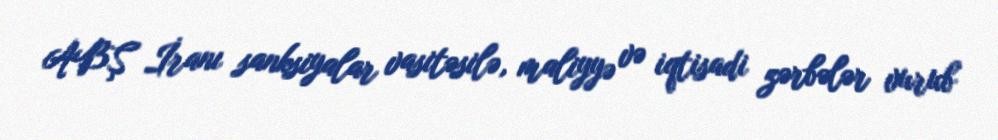
ABŞ İranı sanksiyalar vasitəsilə, maliyyə və iqtisadi zərbələr vurub